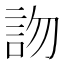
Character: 𧦍